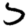
Digit: 5